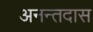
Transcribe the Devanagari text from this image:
अनन्तदास